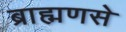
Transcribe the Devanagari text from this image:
ब्राह्मणसे